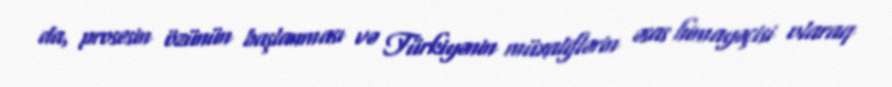
da, prosesin özünün başlanması və Türkiyənin müxaliflərin əsas himayəçisi olaraq